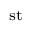
^ \mathrm { s t }